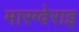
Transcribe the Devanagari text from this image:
मारग्वेराइ